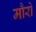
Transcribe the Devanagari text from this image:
मौरो